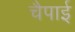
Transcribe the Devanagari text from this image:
चैपाई